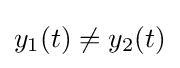
y_{1}(t)\neq y_{2}(t)